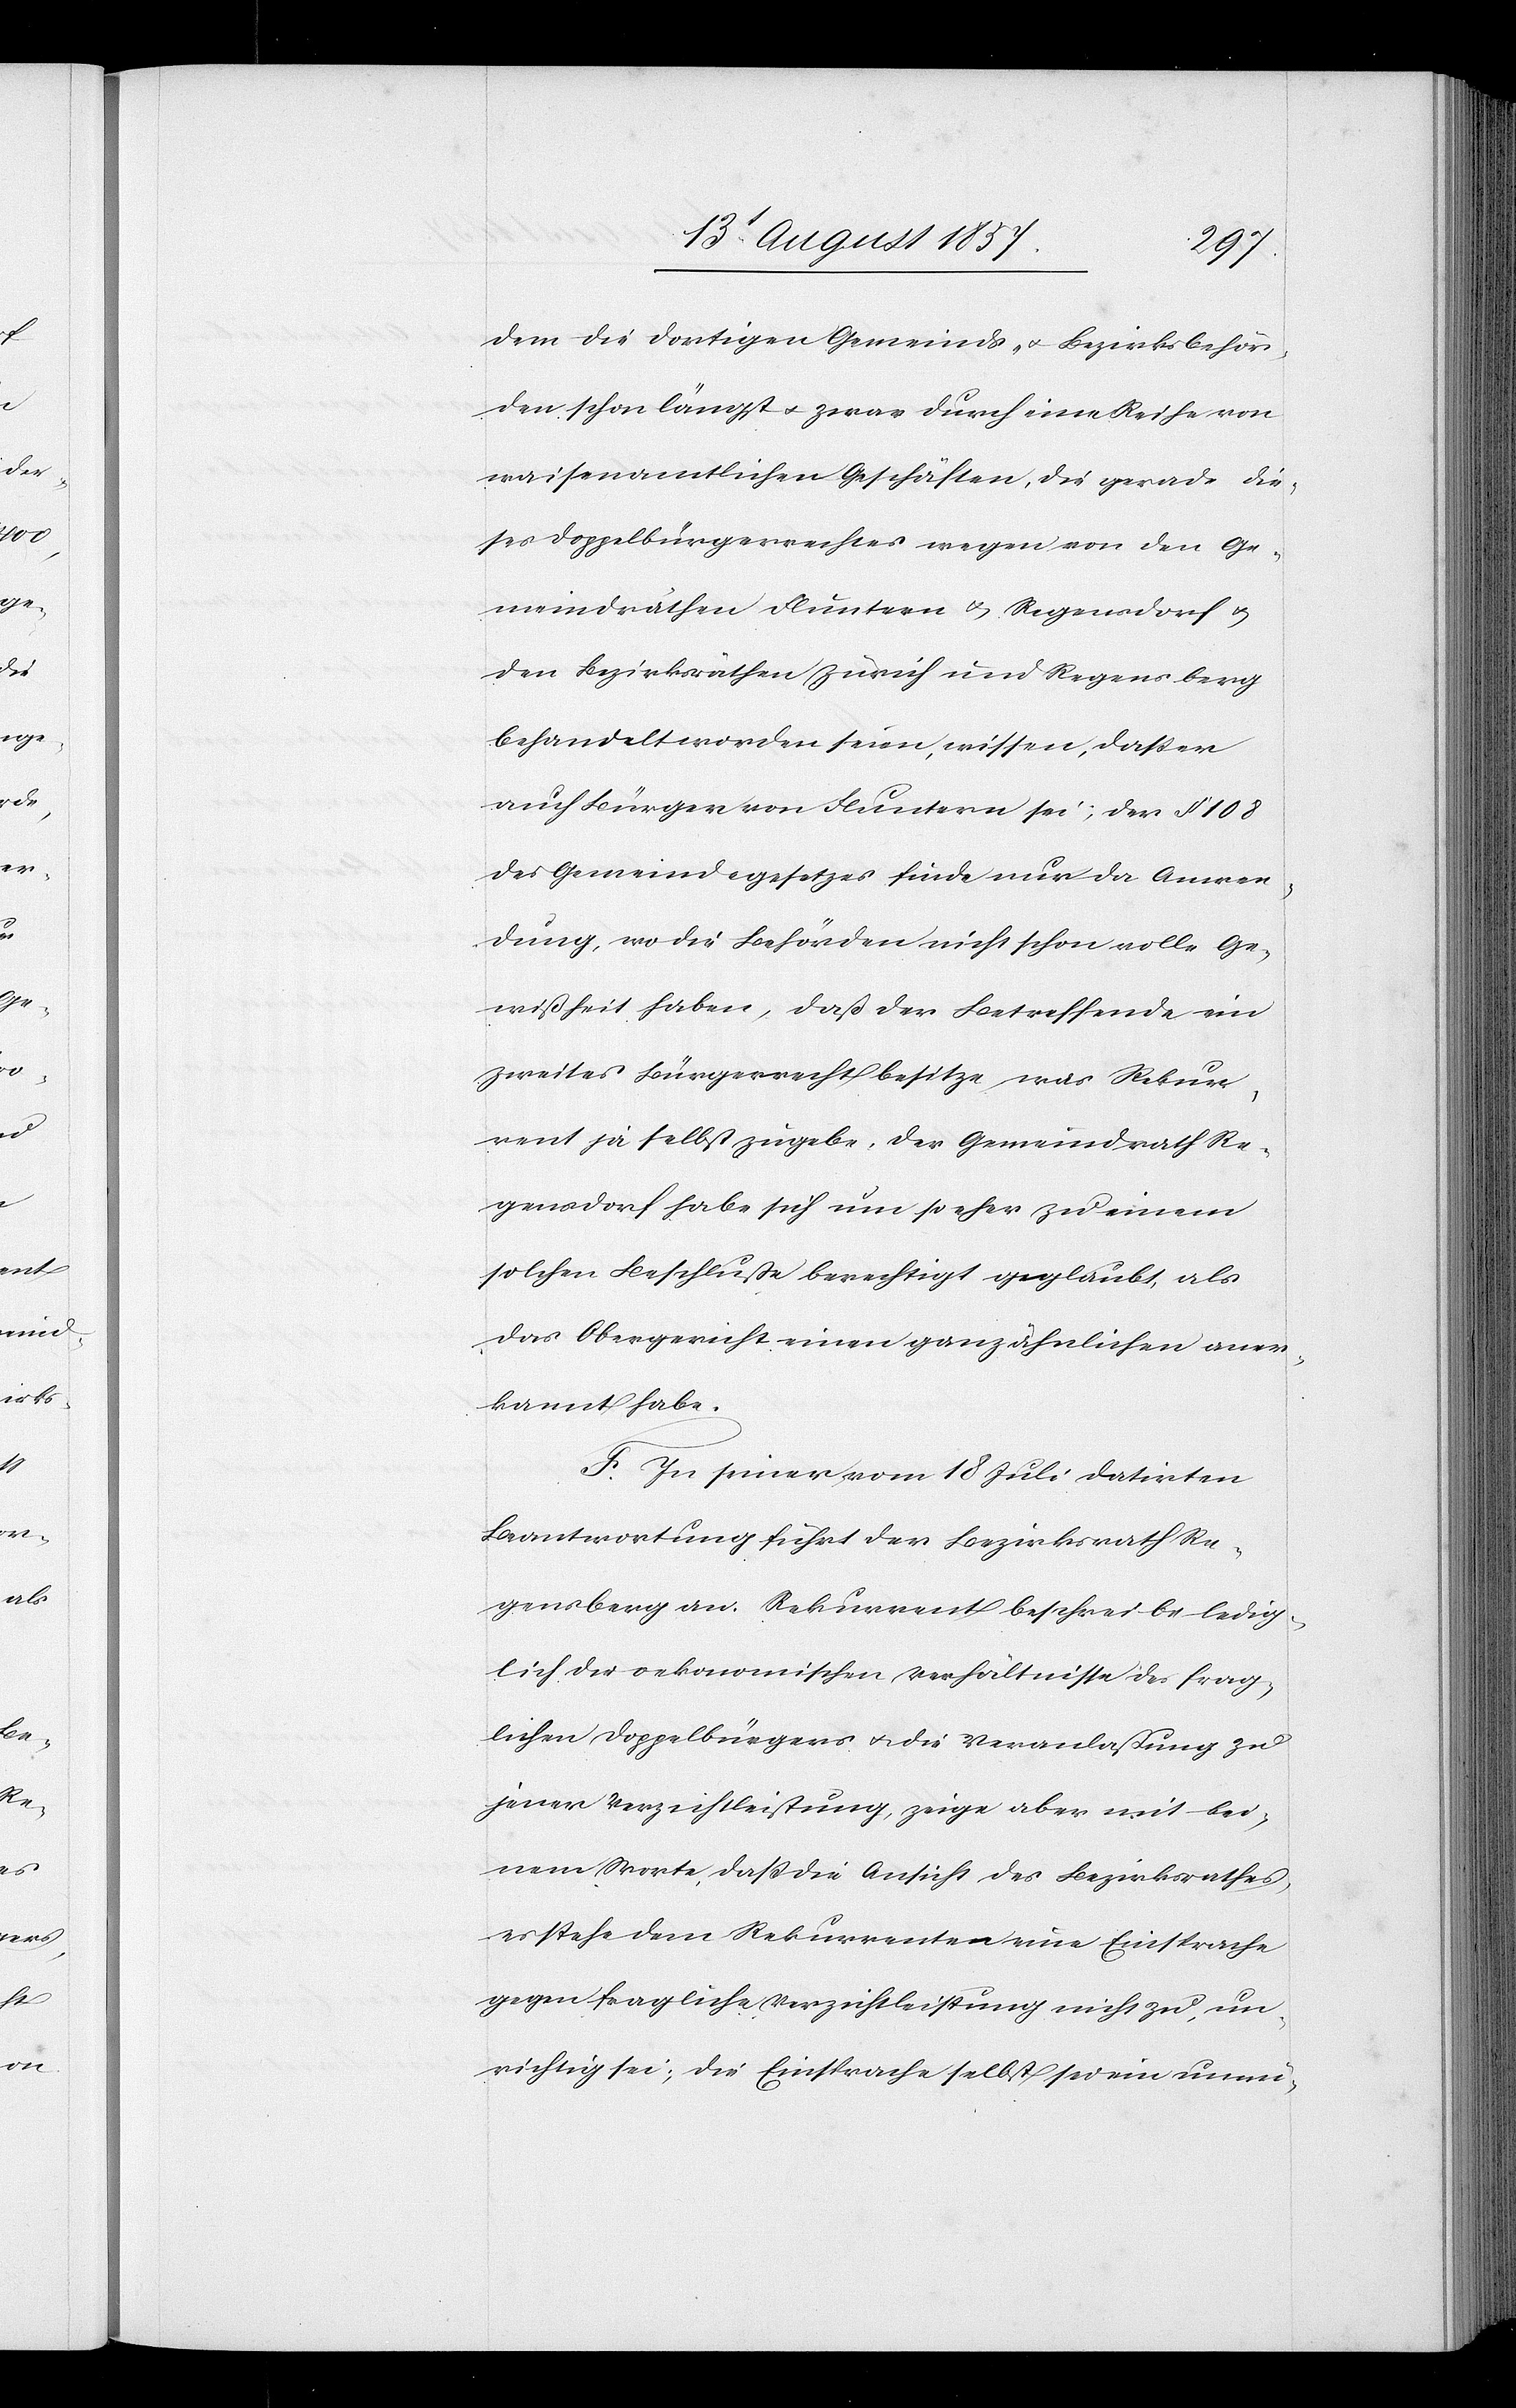
dem die dortigen Gemeinds- & Bezirksbehör¬
den, schon längst & zwar durch eine Reihe von
waisenamtlichen Geschäften, die gerade die¬
ses Doppelbürgerrechtes wegen von den Ge¬
meindräthen Fluntern & Regensdorf &
den Bezirksräthen Zürich und Regensberg
behandelt worden seien, wissen, daß er
auch Bürger von Fluntern sei; der § 108
des Gemeindegesetzes finde nur da Anwen¬
dung, wo die Behörden nicht schon volle Ge¬
wißheit haben, daß der Betreffende ein
zweites Bürgerrecht besitze, was Rekur¬
rent ja selbst zugebe, der Gemeindrath Re¬
gensdorf habe sich um so eher zu einem
solchen Beschlusse berechtigt geglaubt, als
das Obergericht einen ganz ähnlichen aner¬
kannt habe.
F. In seiner vom 18 Juli datirten
Beantwortung führt der Bezirksrath Re¬
gensberg an: Rekurrent beschreibt ledig¬
lich die oekonomischen Verhältnisse des frag¬
lichen Doppelbürgers & die Veranlaßung zu
jener Verzichtleistung, zeige aber mit kei¬
nem Worte, daß die Ansicht des Bezirksrathes,
es stehe dem Rekurrenten eine Einsprache
gegen fragliche Verzichtleistung nicht zu, un¬
richtig sei; die Einsprache selbst sei ein unnü-